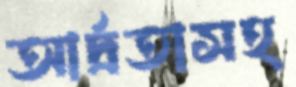
আর্দ্রতাসহ